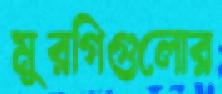
মুরগিগুলোর